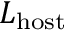
L _ { \mathrm { { h o s t } } }